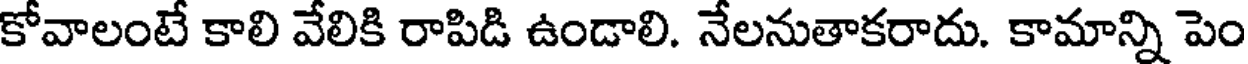
కోవాలంటే కాలి వేలికి రాపిడి ఉండాలి. నేలనుతాకరాదు. కామాన్ని పెం